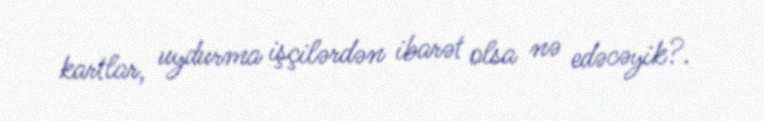
kartlar, uydurma işçilərdən ibarət olsa nə edəcəyik?.